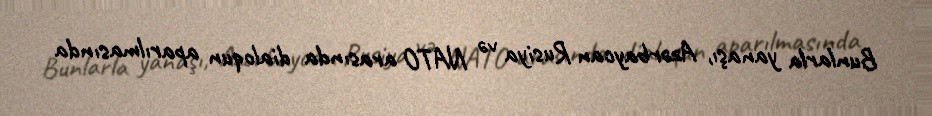
Bunlarla yanaşı, Azərbaycan Rusiya və NATO arasında dialoqun aparılmasında